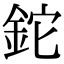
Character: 鉈